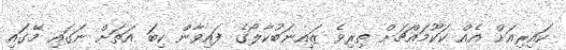
ކައިރިއަށް އެއް ކަކޫމައްޗަށް ތިރިވެ ޒައިނަބުކާލޯގެ ފައިވާން ކިބަ އަތަށް ނަގައި މޭގައި